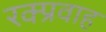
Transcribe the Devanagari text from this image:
रक्प्रवाह